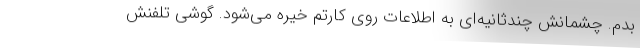
بدم. چشمانش چندثانیه‌ای به اطلاعات روی کارتم خیره می‌شود. گوشی تلفنش